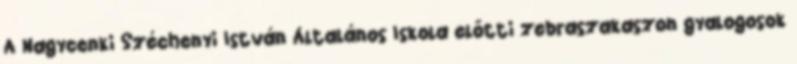
A Nagycenki Széchenyi István Általános Iskola előtti zebraszakaszon gyalogosok